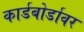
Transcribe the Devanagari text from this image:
कार्डबोर्डावर